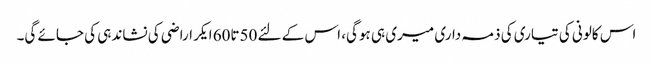
اس کالونی کی تیاری کی ذمہ داری میری ہی ہوگی، اس کے لئے 50تا60 ایکر اراضی کی نشاندہی کی جائے گی۔